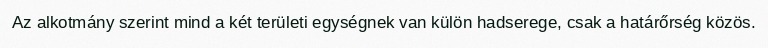
Az alkotmány szerint mind a két területi egységnek van külön hadserege, csak a határőrség közös.